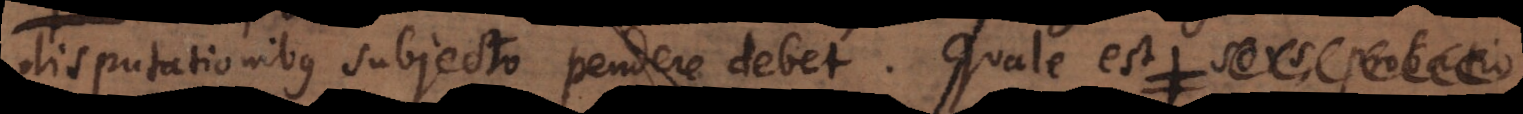
disputationibus subjecto pendere debet. Quale est sors, probat